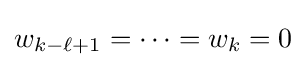
w_{k-\ell +1}=\cdots =w_{k}=0